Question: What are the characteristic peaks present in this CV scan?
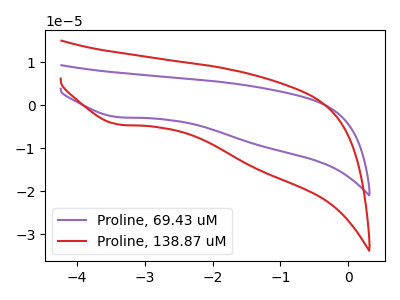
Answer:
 <answer>The purple curve "Proline, 69.43 uM" has a cathodic peak at: (-3.40V, -2.80uA). The red curve "Proline, 138.87 uM" has a cathodic peak at: (-3.40V, -4.50uA).</answer>
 <eval></eval>